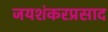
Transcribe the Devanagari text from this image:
जयशंकरप्रसाद